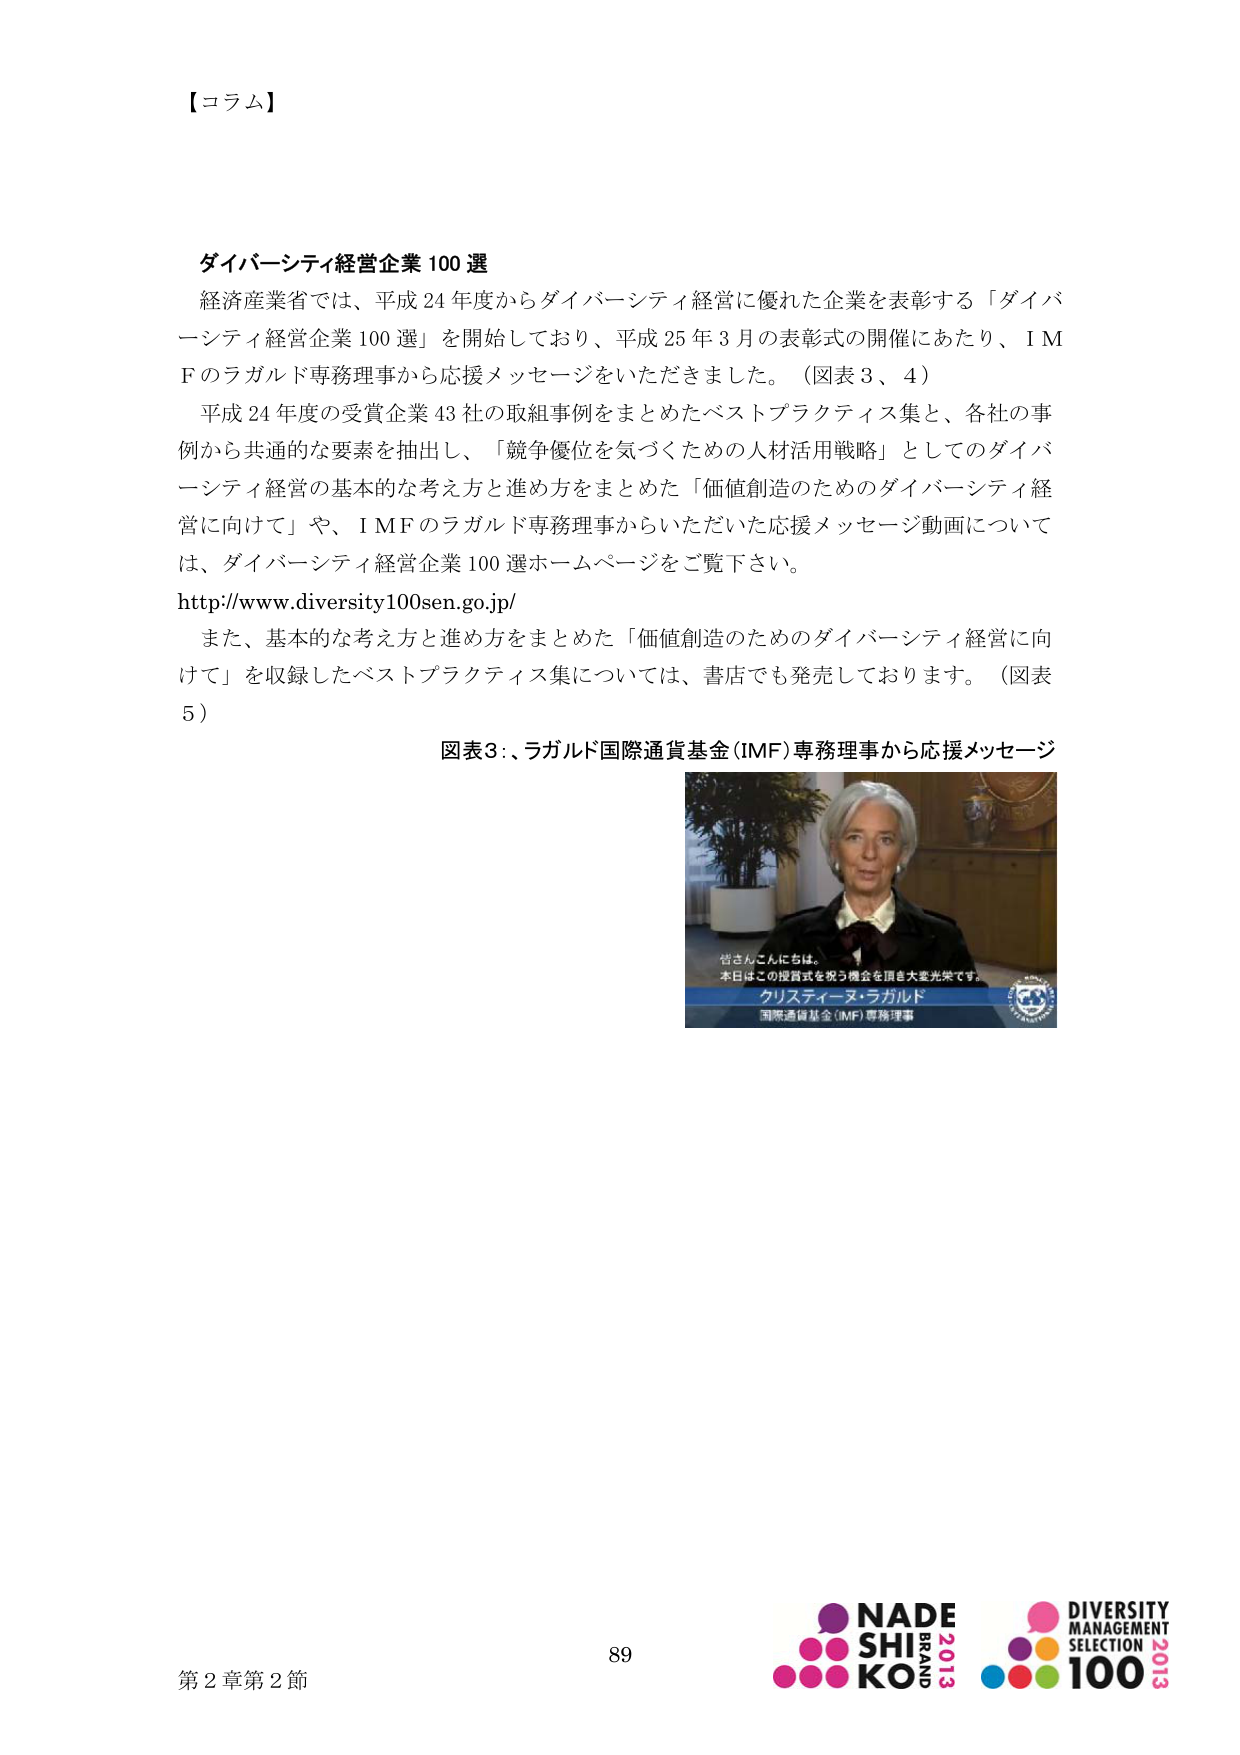
【コラム】

ダイバーシティ経営企業100選
経済産業省では、平成24年度からダイバーシティ経営に優れた企業を表彰する「ダイバーシティ経営企業100選」を開始しており、平成25年3月の表彰式の開催にあたり、IMFのラガルド専務理事から応援メッセージをいただきました。（図表3、4）
平成24年度の受賞企業43社の取組事例をまとめたベストプラクティス集と、各社の事例から共通的な要素を抽出し、「競争優位を気づくための人材活用戦略」としてのダイバーシティ経営の基本的な考え方と進め方をまとめた「価値創造のためのダイバーシティ経営に向けて」や、IMFのラガルド専務理事からいただいた応援メッセージ動画については、ダイバーシティ経営企業100選ホームページをご覧下さい。
http://www.diversity100sen.go.jp/
また、基本的な考え方と進め方をまとめた「価値創造のためのダイバーシティ経営に向けて」を収録したベストプラクティス集については、書店でも発売しております。（図表5）

図表3：ラガルド国際通貨基金(IMF)専務理事から応援メッセージ
皆さんこんにちは。
本日はこの授賞式を祝う機会を頂き大変光栄です。
クリスティーヌ・ラガルド
国際通貨基金(IMF)専務理事

89
第2章第2節
NADE
SHI
KO
BRAND
2013
DIVERSITY
MANAGEMENT
SELECTION
100
2013